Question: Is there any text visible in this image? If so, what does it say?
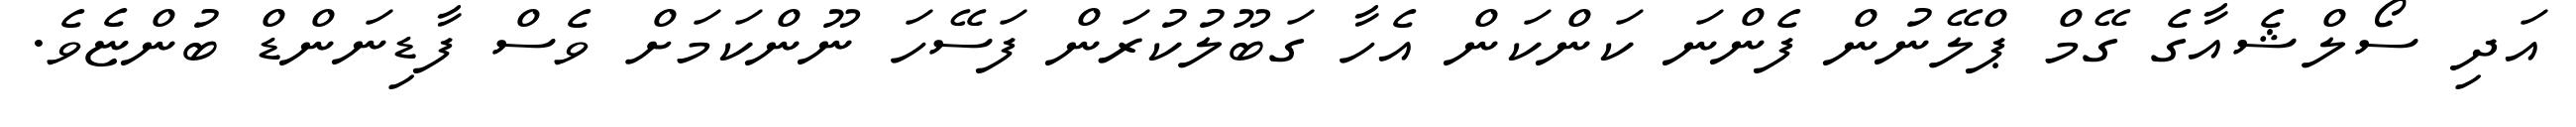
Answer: އަދި ސޯލްޝެއާގެ ގޭމް ޕްލޭނުން ފެންނަ ކަންކަން އެހާ ގަބޫލުކުރަން ފަސޭހަ ނޫންކަމަށް ވެސް ފާޑިނަންޑް ބުންޏެވެ.